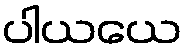
ပါယယေ